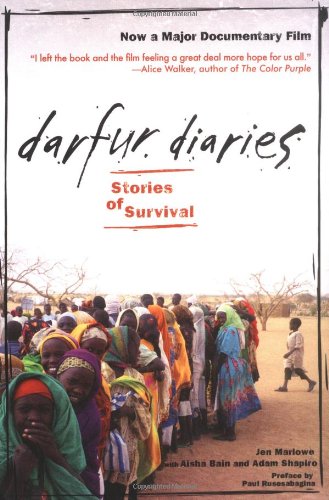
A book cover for Darfur Diaries: Stories of Survival; Jen Marlowe; History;